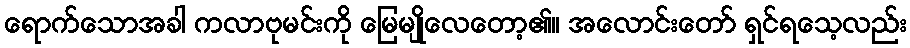
ရောက်သောအခါ ကလာဗုမင်းကို မြေမျိုလေတော့၏။ အလောင်းတော် ရှင်ရသေ့လည်း